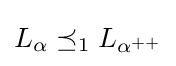
L_{\alpha }\preceq _{1}L_{\alpha ^{++}}